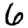
Digit: 6